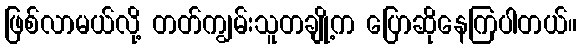
ဖြစ်လာမယ်လို့ တတ်ကျွမ်းသူတချို့က ပြောဆိုနေကြပါတယ်။